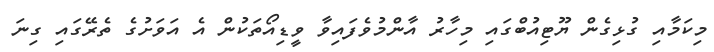
މިކަމާއި ގުޅިގެން ޔޫޓިއުބްގައި މިހާރު އާންމުވެފައިވާ ވީޑިއޯތަކުން އެ އަވަށުގެ ތެރޭގައި ގިނަ